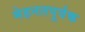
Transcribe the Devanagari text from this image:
मेहनतपूर्वक